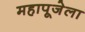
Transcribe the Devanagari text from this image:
महापूजेला